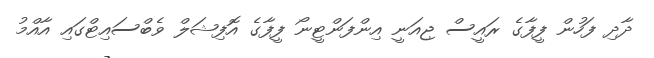
ދާދި ފަހުން ފީފާގެ ރައީސް ޖިއަނީ އިންފަންޓީނޯ ފީފާގެ އޮފިޝަލް ވެބްސައިޓްގައި އާއްމު